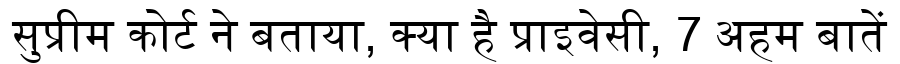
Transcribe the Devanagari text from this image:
सुप्रीम कोर्ट ने बताया, क्या है प्राइवेसी, 7 अहम बातें